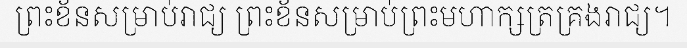
ព្រះខ័នសម្រាប់រាជ្យ ព្រះខ័នសម្រាប់ព្រះមហាក្សត្រគ្រងរាជ្យ។